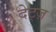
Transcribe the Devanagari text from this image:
देट्ज़